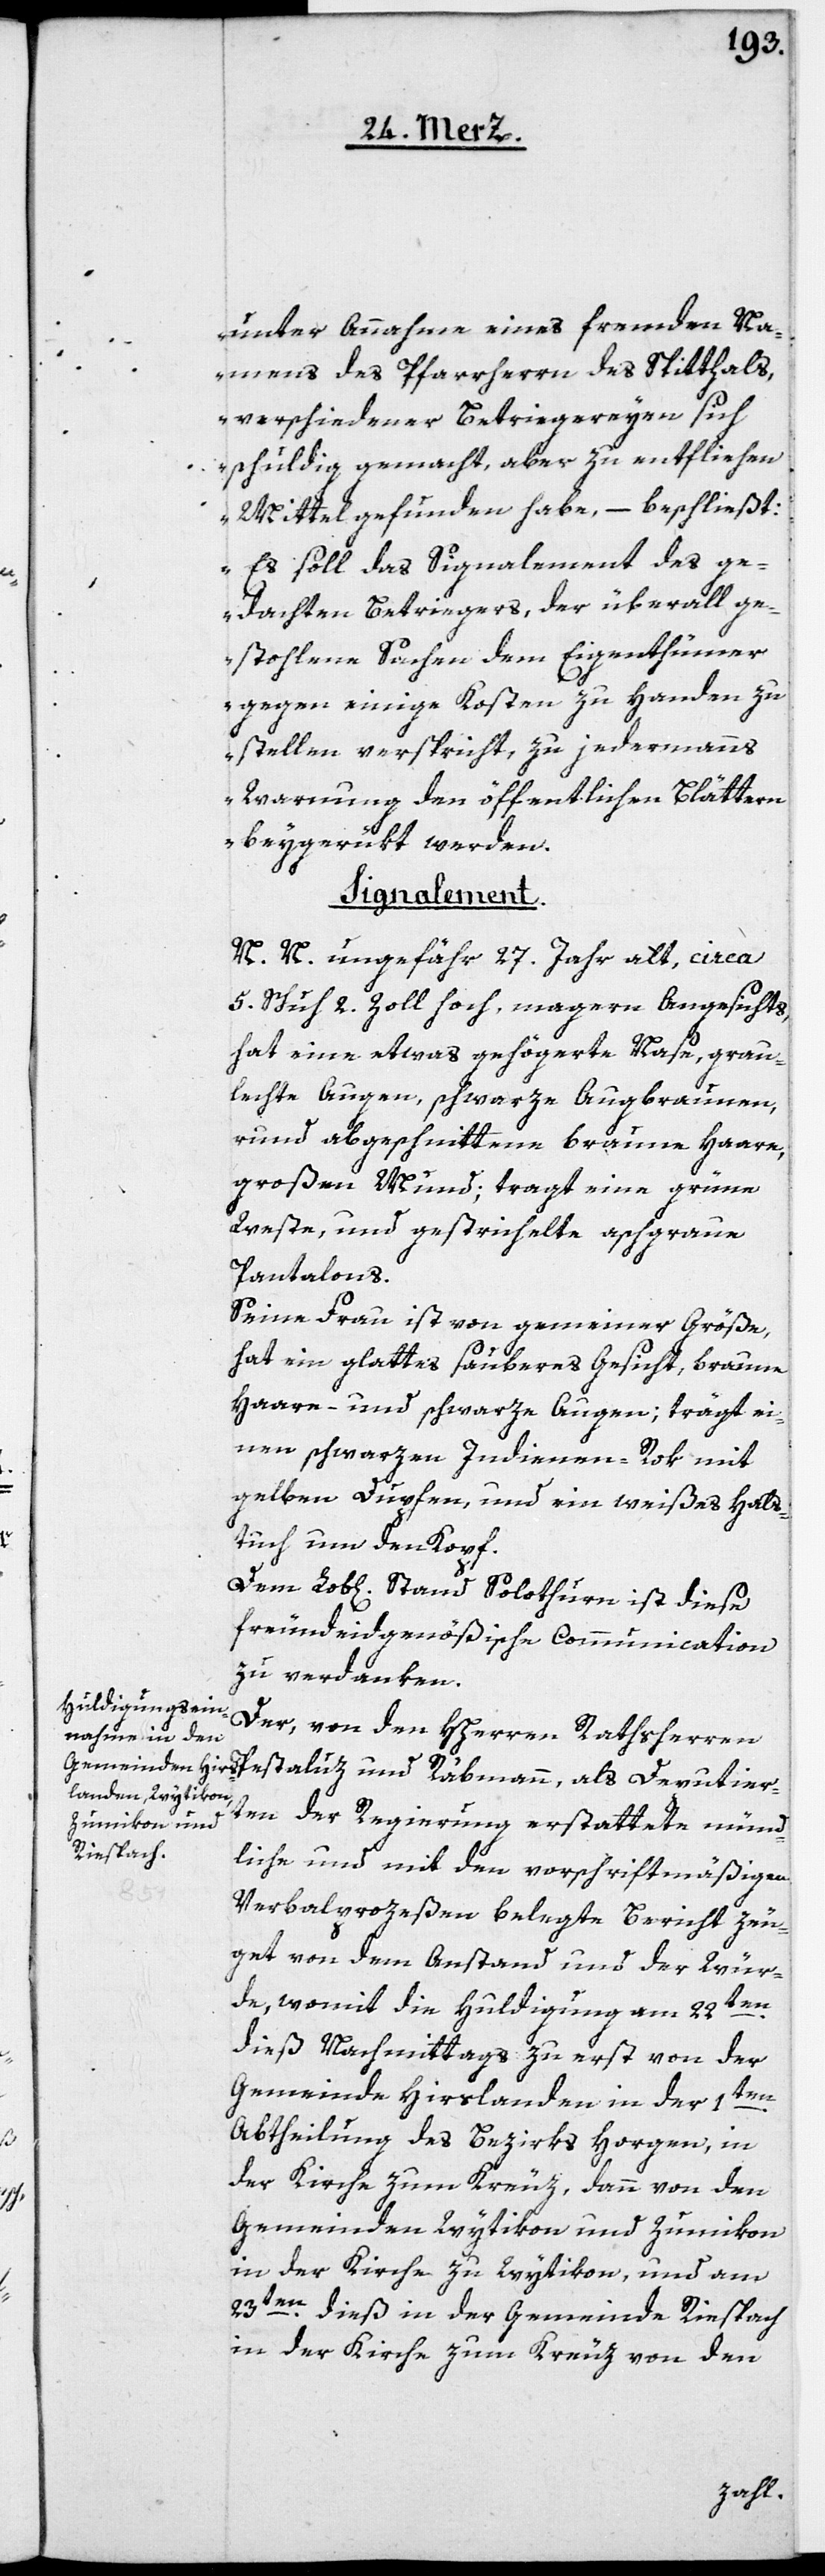
unter Annahme eines fremden Na¬
mens des Pfarrherrn des Spitthals,
verschiedener Betriegereyen sich
schuldig gemacht, aber zu entfliehen
Mittel gefunden habe, – beschließt:
Es soll das Signalement des ge¬
dachten Betriegers, der überall ge¬
stohlene Sachen dem Eigenthümer
gegen einige Kosten zu Handen zu
stellen verspricht, zu jedermanns
Warnung den öffentlichen Blättern
beygerükt werden.
Deputier¬
N. N. ungefähr 27. Jahr alt, circa
5. Schuh 2. Zoll hoch, magern Angesichts,
hat eine etwas gehögerte Nase, grau¬
lechte Augen, schwarze Augenbrauen,
rund abgeschnittene braune Haare,
großen Mund; tragt eine grüne
Weste und gestrichelte aschgraue
Pantalons.
Seine Frau ist von gemeiner Größe,
hat ein glattes sauberes Gesicht, braune
Haare – und schwarze Augen; trägt ei¬
nen schwarzen Indienen-Rok mit
gelben Dupfen, und ein weißes Hals¬
tuch um den Kopf.
Dem Lob[lichen] Stand Solothurn ist diese
freundeidgenößische Communication
zu verdanken.
Der, von den HHerren Rathsherren
ten der Regierung erstattete münd¬
liche und mit den vorschriftsmäßigen
Verbalprozeßen belegte Bericht zeu¬
get von dem Anstand und der Wür¬
de, womit die Huldigung am 22ten
dieß Nachmittags zu erst von der
Gemeinde Hirslanden in der 1ten
Abtheilung des Bezirks Horgen, in
der Kirche zum Kreuz, dann von den
Gemeinden Wytikon und Zumikon
in der Kirche zu Wytikon, und am
23ten dieß in der Gemeinde Riespach
in der Kirche zum Kreuz von den